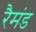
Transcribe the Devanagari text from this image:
रैमंड